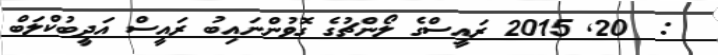
:  20